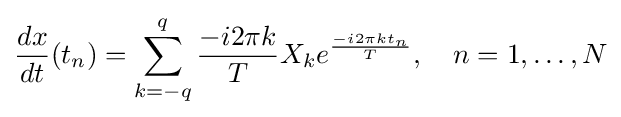
{\frac {dx}{dt}}(t_{n})=\sum _{k=-q}^{q}{\frac {-i2\pi k}{T}}X_{k}e^{\frac {-i2\pi kt_{n}}{T}},\quad n=1,\dots ,N